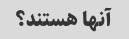
آنها هستند؟